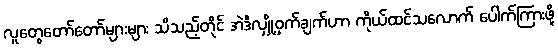
လူတွေတော်တော်များများ သိသည့်တိုင် အဲဒီလျှို့ဝှက်ချက်ဟာ ကိုယ်ထင်သလောက် ပေါက်ကြားဖို့